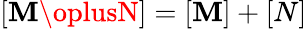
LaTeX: [\mathbf{M}\oplusN]=[\mathbf{M}]+[N]